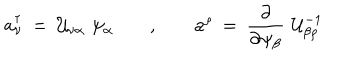
{ \mathbf a } _ { \nu } ^ { \dagger } \: = \: { \cal U } _ { \nu \alpha } \, \, \psi _ { \alpha } \; , \; { \mathbf a } ^ { \rho } \: = \: { \frac { \partial } { \partial \psi _ { \beta } } } \, \, { \cal U } _ { \beta \rho } ^ { - 1 }